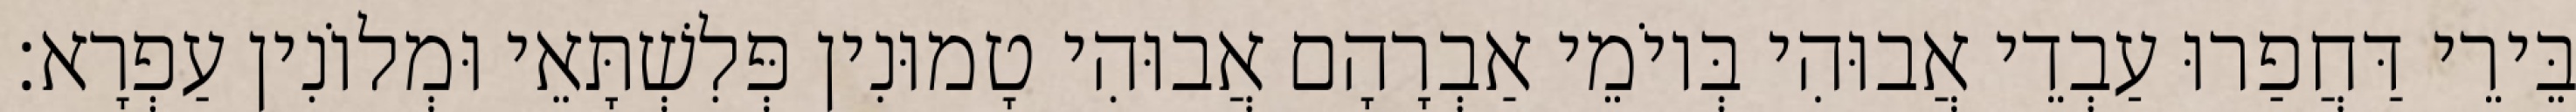
בֵּירֵי דַּחֲפַרוּ עַבְדֵי אֲבוּהִי בְּיוֹמֵי אַבְרָהָם אֲבוּהִי טָמוּנִין פְּלִשְׁתָּאֵי וּמְלוֹנִין עַפְרָא׃